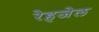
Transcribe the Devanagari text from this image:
रेहजेल